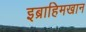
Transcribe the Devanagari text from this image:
इब्राहिमखान